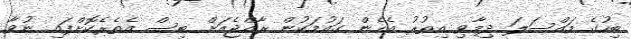
ބިހުގެ މައްސަލަ ދިމާވި އިތުރު އެެހެން ގައުމަކުން ރާއްޖެއަށް ބިސް އެތެރެކޮށްފައި ނުވާ